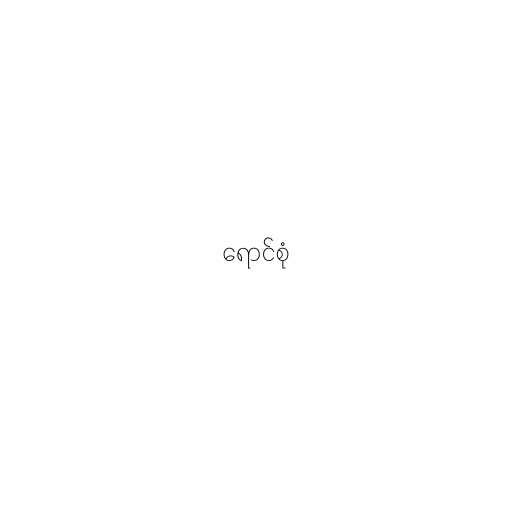
ရောင်စုံ